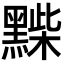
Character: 𪑽